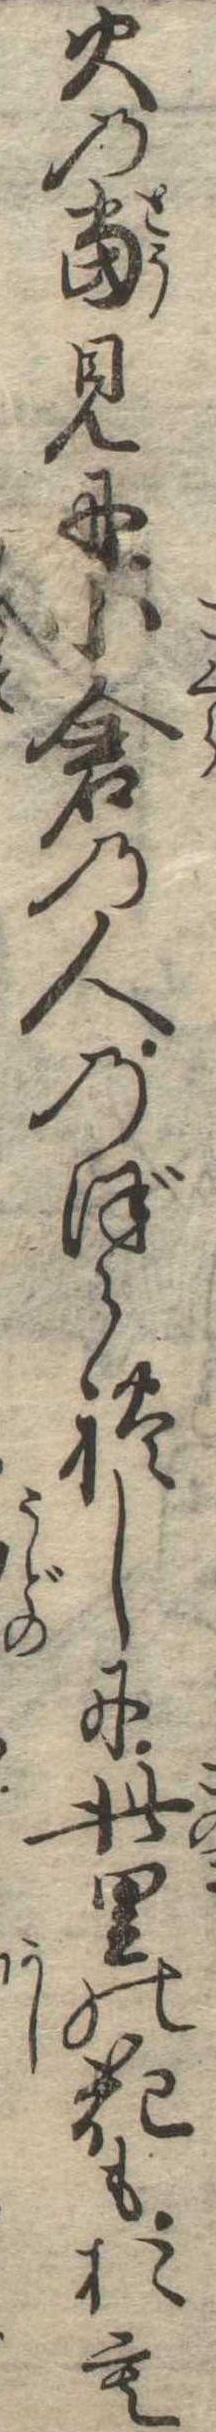
火の当見に小倉の人のぼられしに此里の花もおも